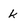
Character: k